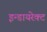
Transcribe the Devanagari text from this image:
इन्डायरेक्ट